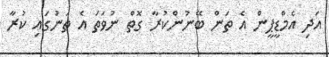
އަދި އެމްޑީޕީން އެ ތަން ބޭނުންކުރާ ގޮތް ނުވަތަ އެ ތަނުގައި ކުރާ